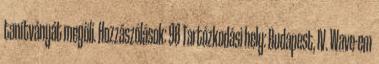
tanítványát megöli. Hozzászólások: 98 Tartózkodási hely: Budapest, IV. Wave-em